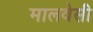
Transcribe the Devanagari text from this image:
मालवेसी